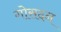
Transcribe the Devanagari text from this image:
गोसदन